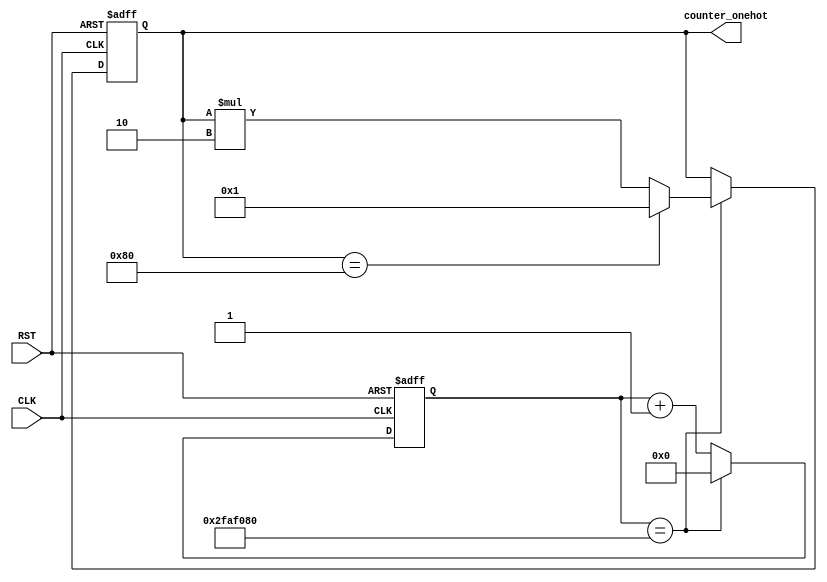
`timescale 1ns / 1ps
//////////////////////////////////////////////////////////////////////////////////
// Company: 
// Engineer: 
// 
// Design Name: 
// Module Name: OneHot
// Project Name: 
// Target Devices: 
// Tool Versions: 
// Description: 
// 
// Dependencies: 
// 
// Revision:
// Revision 0.01 - File Created
// Additional Comments:
// 
//////////////////////////////////////////////////////////////////////////////////


module OneHot(
    input CLK,RST,
    output reg [7:0] counter_onehot);
    
    reg [27:0] counter_1;
    
    always @(posedge CLK or posedge RST) begin
            if(RST) begin
                counter_onehot <= 8'b1;
                counter_1 <= 8'b0;
            end
            else if (counter_1 == 50000000) begin
                counter_onehot <= counter_onehot * 2;
                counter_1 <= 0;
                
              if (counter_onehot == 128) begin
                counter_onehot <= 8'b1;
                counter_1 <= 0;
              end
            end
            else
                counter_1 <= counter_1 + 1;
 end
endmodule